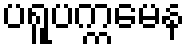
ပရူပက္ကမေန